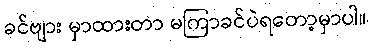
ခင်ဗျား မှာထားတာ မကြာခင်ပဲရတော့မှာပါ။